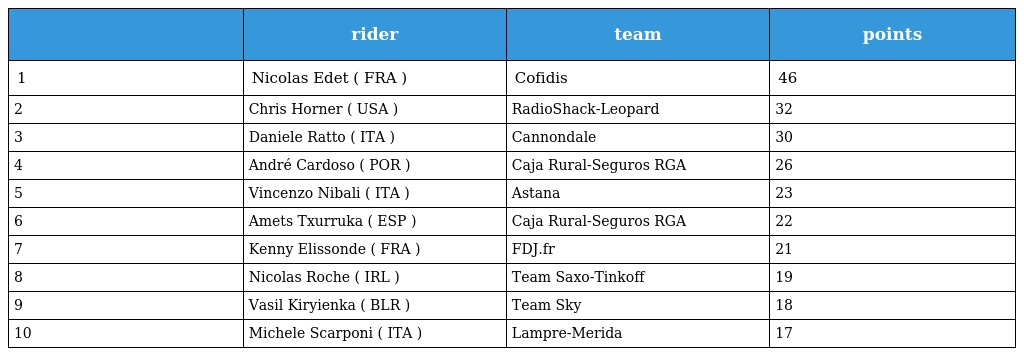
|  | rider | team | points |
 | --- | --- | --- | --- |
 | 1 | Nicolas Edet ( FRA ) | Cofidis | 46 |
 | 2 | Chris Horner ( USA ) | RadioShack-Leopard | 32 |
 | 3 | Daniele Ratto ( ITA ) | Cannondale | 30 |
 | 4 | André Cardoso ( POR ) | Caja Rural-Seguros RGA | 26 |
 | 5 | Vincenzo Nibali ( ITA ) | Astana | 23 |
 | 6 | Amets Txurruka ( ESP ) | Caja Rural-Seguros RGA | 22 |
 | 7 | Kenny Elissonde ( FRA ) | FDJ.fr | 21 |
 | 8 | Nicolas Roche ( IRL ) | Team Saxo-Tinkoff | 19 |
 | 9 | Vasil Kiryienka ( BLR ) | Team Sky | 18 |
 | 10 | Michele Scarponi ( ITA ) | Lampre-Merida | 17 |